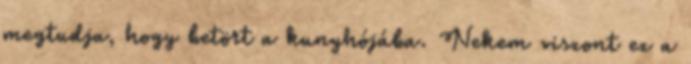
megtudja, hogy betört a kunyhójába. Nekem viszont ez a